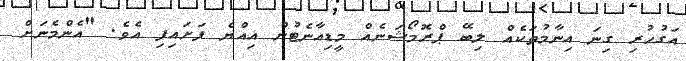
އަގުހުރި ގިނަ އިނާމުތަކެއް ލިބޭ ޕްރޮމޯޝަނެއް މީޑިއާނެޓުން އިއްޔެ ފަށައިފި އެވެ. "އެންމެނަށް